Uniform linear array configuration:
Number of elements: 24
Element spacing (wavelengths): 0.5
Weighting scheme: hamming
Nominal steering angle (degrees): -60
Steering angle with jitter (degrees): -60.866
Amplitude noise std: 0.05
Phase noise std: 0.05

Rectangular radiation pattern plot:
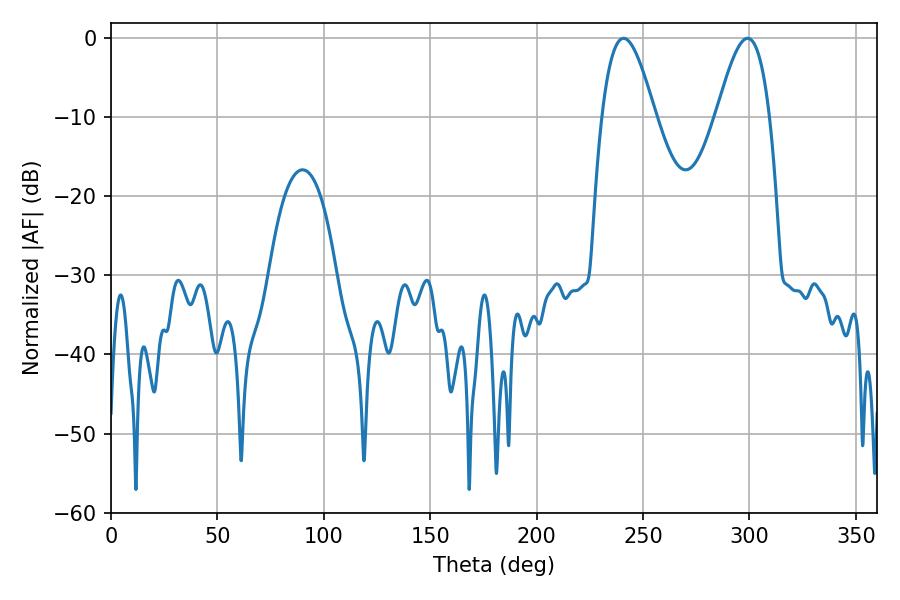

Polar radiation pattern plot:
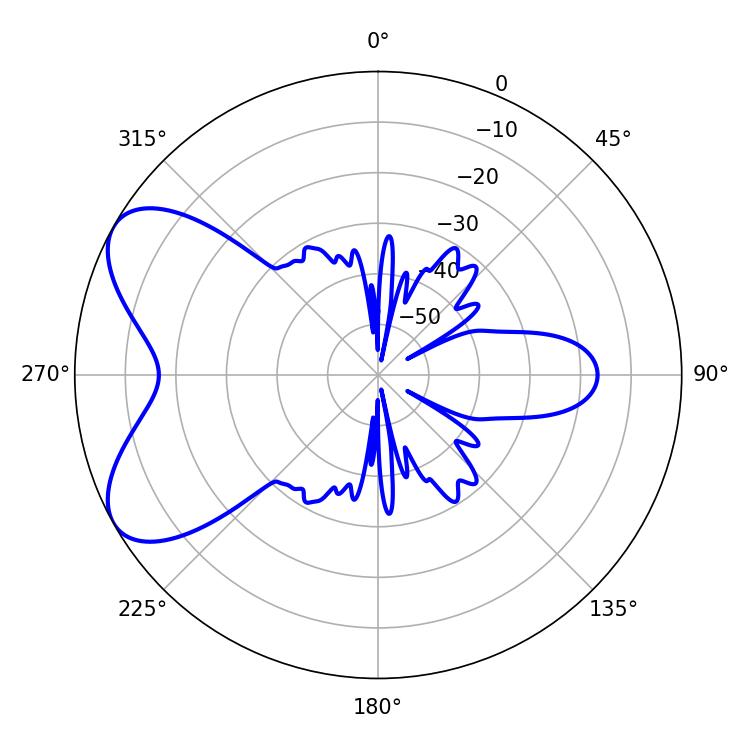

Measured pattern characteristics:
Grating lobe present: FALSE
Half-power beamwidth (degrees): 13.5
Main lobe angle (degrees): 240.84